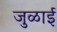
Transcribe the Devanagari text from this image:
जुळाई